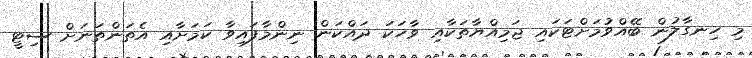
މި ހިނގާލުން ބޭއްވުމަށްޓަކައި ޖަމިއްޔާތަކާއި ވާހަކަ ދައްކަން ނިންމާފައިވާ ކަމަށާއި އެތަންތަނަށް ސިޓީ